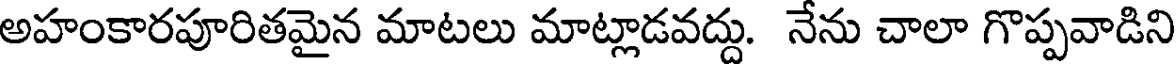
అహంకారపూరితమైన మాటలు మాట్లాడవద్దు. నేను చాలా గొప్పవాడిని